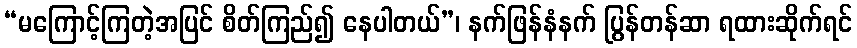
“မကြောင့်ကြတဲ့အပြင် စိတ်ကြည်၍ နေပါတယ်”၊ နက်ဖြန်နံနက် ပြွန်တန်ဆာ ရထားဆိုက်ရင်